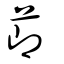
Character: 莭